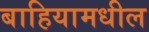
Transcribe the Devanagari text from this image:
बाहियामधील